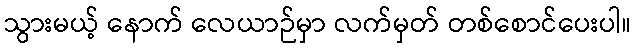
သွားမယ့် နောက် လေယာဉ်မှာ လက်မှတ် တစ်စောင်ပေးပါ။